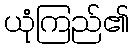
ယုံကြည်၏